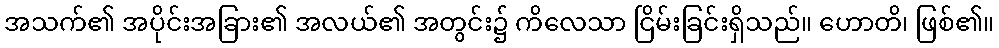
အသက်၏ အပိုင်းအခြား၏ အလယ်၏ အတွင်း၌ ကိလေသာ ငြိမ်းခြင်းရှိသည်။ ဟောတိ၊ ဖြစ်၏။